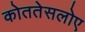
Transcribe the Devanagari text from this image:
कोततेसलोए